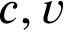
c , v